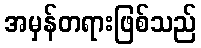
အမှန်တရားဖြစ်သည်